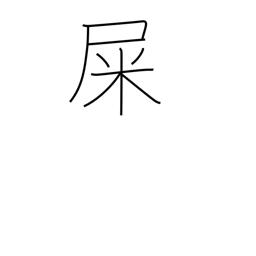
Meaning: excrement